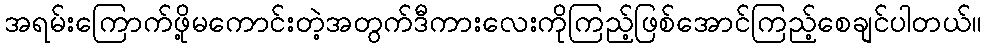
အရမ်းကြောက်ဖို့မကောင်းတဲ့အတွက်ဒီကားလေးကိုကြည့်ဖြစ်အောင်ကြည့်စေချင်ပါတယ်။